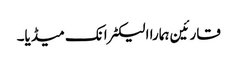
قارئین ہمارا الیکٹرانک میڈیا۔